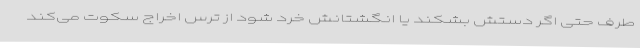
طرف حتی اگر دستش بشکند یا انگشتانش خرد شود از ترس اخراج سکوت می‌کند